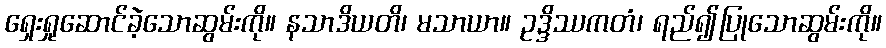
ရှေးရှုဆောင်ခဲ့သောဆွမ်းကို။ နသာဒိယတိ၊ မသာယာ။ ဥဒ္ဒိဿကတံ၊ ရည်၍ပြုသောဆွမ်းကို။